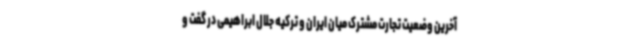
آخرین وضعیت تجارت مشترک میان ایران و ترکیه جلال ابراهیمی در گفت و